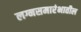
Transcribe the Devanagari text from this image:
लग्नसमारंभातील